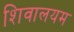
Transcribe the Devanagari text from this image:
शिवालयम